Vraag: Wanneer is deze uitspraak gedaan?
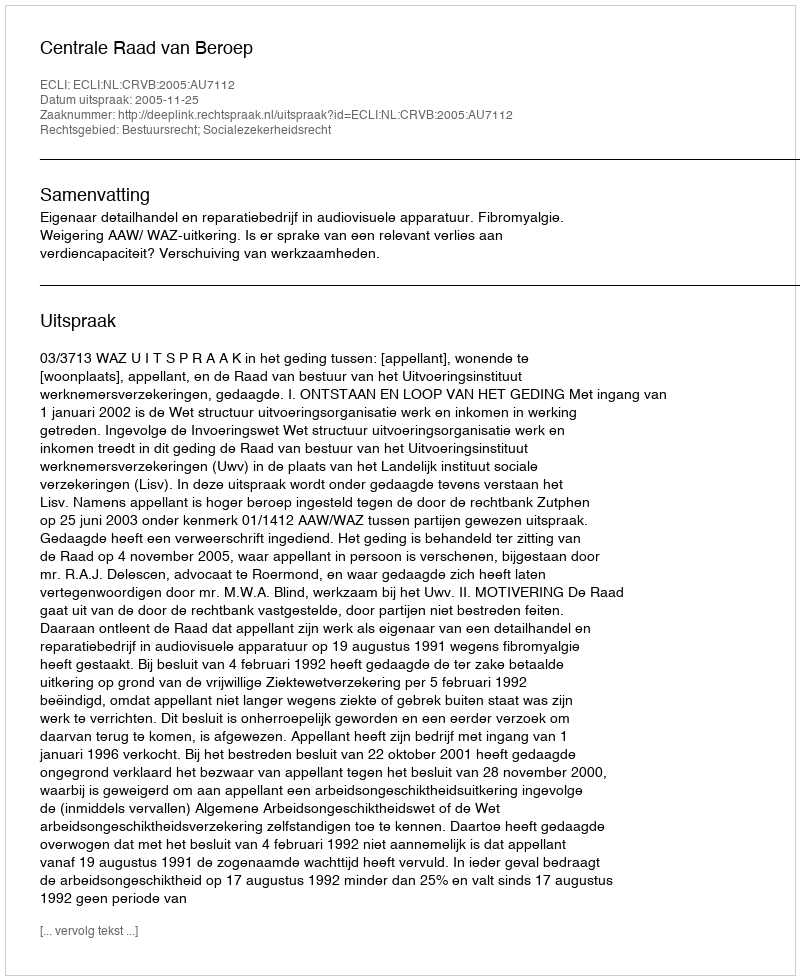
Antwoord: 2005-11-25